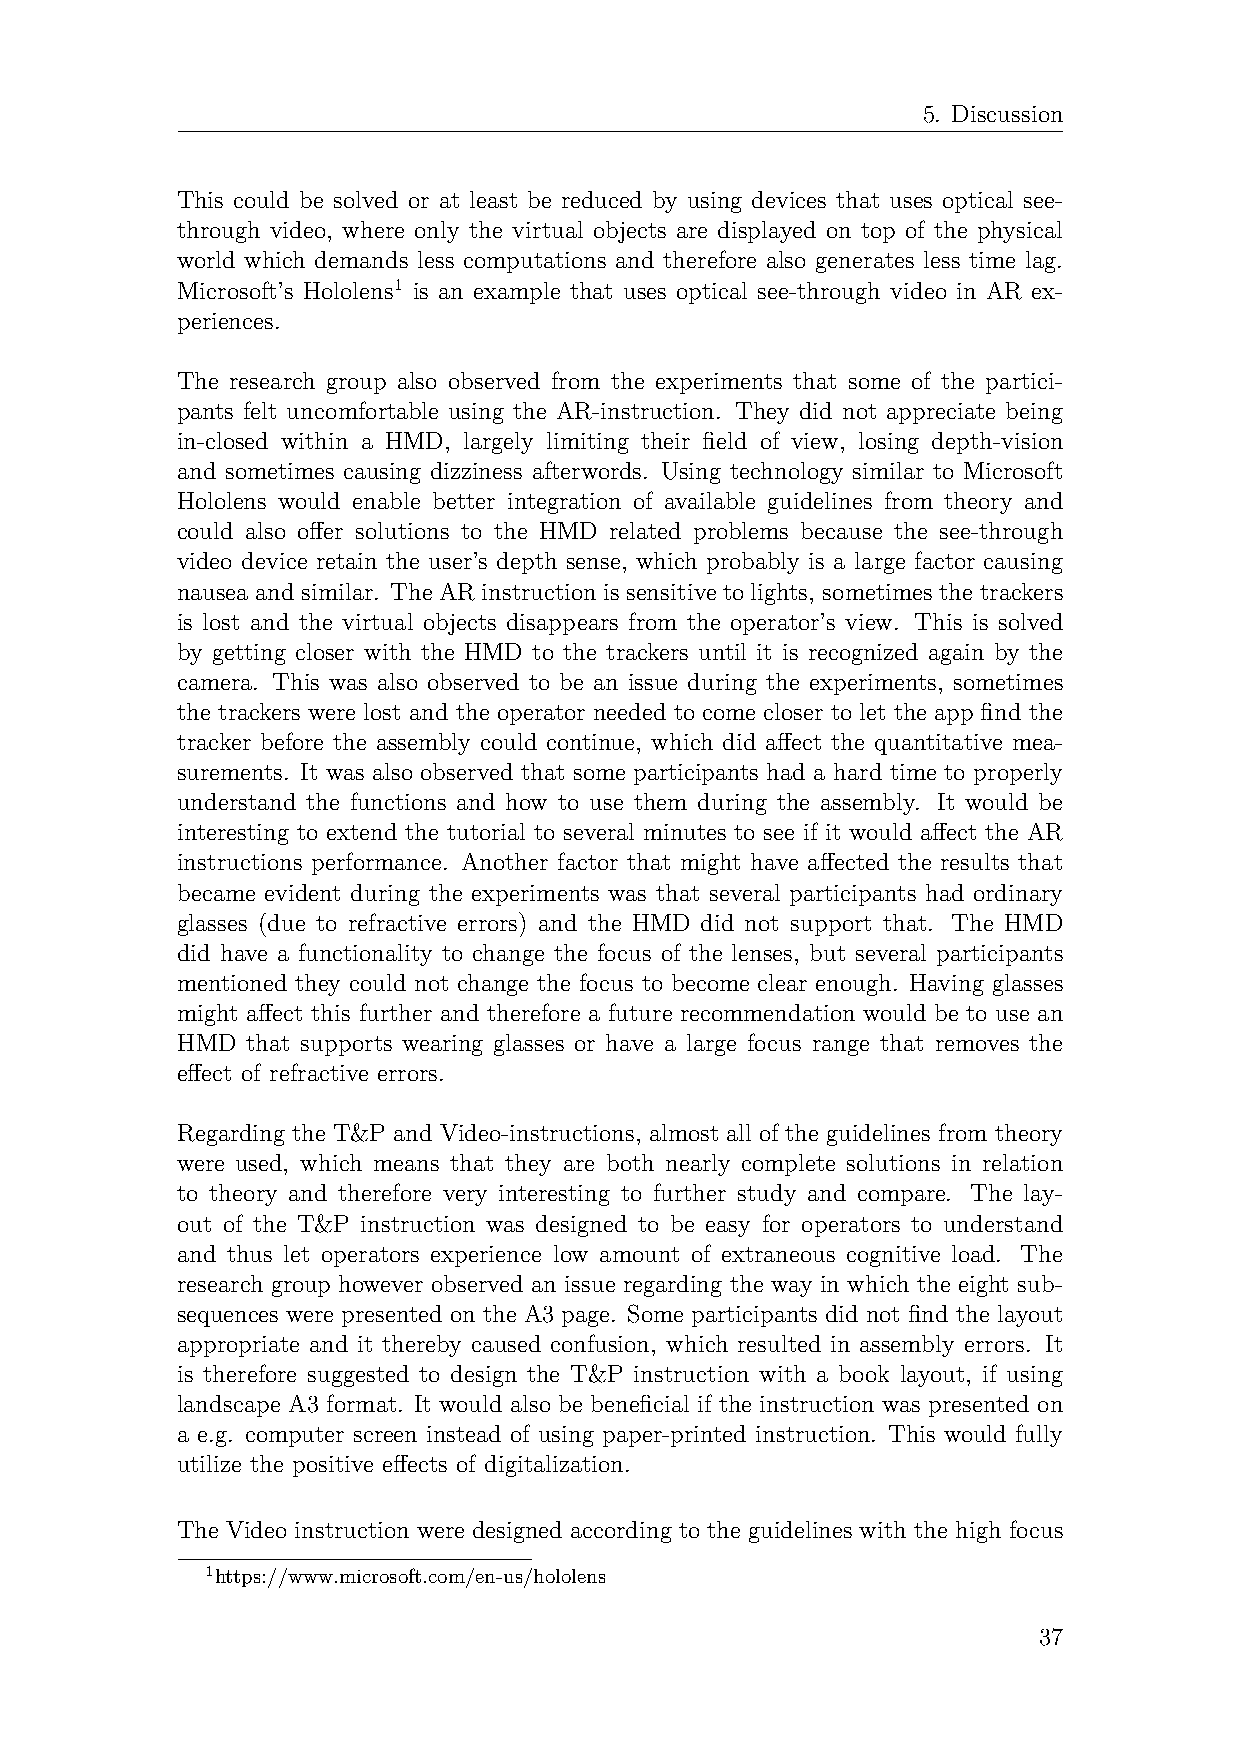
5. Discussion
 This could be solved or at least be reduced by using devices that uses optical see-
 through video, where only the virtual objects are displayed on top of the physical
 world which demands less computations and therefore also generates less time lag.
 Microsoft’s Hololens1 is an example that uses optical see-through video in AR ex-
 periences.
 The research group also observed from the experiments that some of the partici-
 pants felt uncomfortable using the AR-instruction. They did not appreciate being
 in-closed within a HMD, largely limiting their field of view, losing depth-vision
 and sometimes causing dizziness afterwords. Using technology similar to Microsoft
 Hololens would enable better integration of available guidelines from theory and
 could also offer solutions to the HMD related problems because the see-through
 video device retain the user’s depth sense, which probably is a large factor causing
 nausea and similar. The AR instruction is sensitive to lights, sometimes the trackers
 is lost and the virtual objects disappears from the operator’s view. This is solved
 by getting closer with the HMD to the trackers until it is recognized again by the
 camera. This was also observed to be an issue during the experiments, sometimes
 the trackers were lost and the operator needed to come closer to let the app find the
 tracker before the assembly could continue, which did affect the quantitative mea-
 surements. It was also observed that some participants had a hard time to properly
 understand the functions and how to use them during the assembly. It would be
 interesting to extend the tutorial to several minutes to see if it would affect the AR
 instructions performance. Another factor that might have affected the results that
 became evident during the experiments was that several participants had ordinary
 glasses (due to refractive errors) and the HMD did not support that. The HMD
 did have a functionality to change the focus of the lenses, but several participants
 mentioned they could not change the focus to become clear enough. Having glasses
 might affect this further and therefore a future recommendation would be to use an
 HMD that supports wearing glasses or have a large focus range that removes the
 effect of refractive errors.
 Regarding the T&P and Video-instructions, almost all of the guidelines from theory
 were used, which means that they are both nearly complete solutions in relation
 to theory and therefore very interesting to further study and compare. The lay-
 out of the T&P instruction was designed to be easy for operators to understand
 and thus let operators experience low amount of extraneous cognitive load. The
 research group however observed an issue regarding the way in which the eight sub-
 sequences were presented on the A3 page. Some participants did not find the layout
 appropriate and it thereby caused confusion, which resulted in assembly errors. It
 is therefore suggested to design the T&P instruction with a book layout, if using
 landscape A3 format. It would also be beneficial if the instruction was presented on
 a e.g. computer screen instead of using paper-printed instruction. This would fully
 utilize the positive effects of digitalization.
 The Video instruction were designed according to the guidelines with the high focus
 1https://www.microsoft.com/en-us/hololens
 37